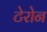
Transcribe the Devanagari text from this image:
टेरोन